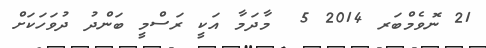
21 ނޮވެމްބަރ 2014 5  މާދަމާ އަކީ ރަސްމީ ބަންދު ދުވަހަކަށް